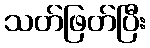
သတ်ဖြတ်ပြီး